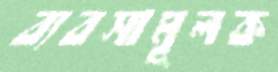
ব্যবসামূলক